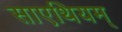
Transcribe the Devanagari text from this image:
साएथियम्‌